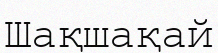
Шақшақай